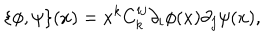
\{ \phi , \psi \} ( x ) = x ^ { k } C _ { k } ^ { i j } \partial _ { i } \phi ( x ) \partial _ { j } \psi ( x ) ,